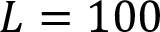
L = 1 0 0